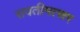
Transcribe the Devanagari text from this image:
सवतीमत्सर